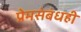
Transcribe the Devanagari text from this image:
प्रेमसंबंधही